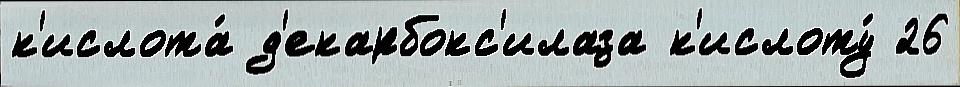
к'ислота́ д'екарбокс'илаза к'ислоту́ 26